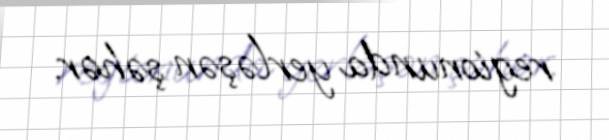
regionunda yerləşən şəhər.